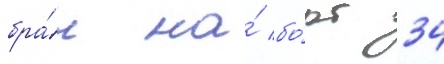
бра́л на́ бо́рт 34